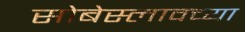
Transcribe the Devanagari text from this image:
सोबेस्लावच्या